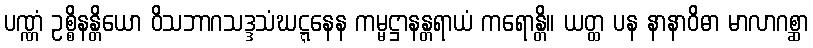
ပဏ္ဏံ ဥစ္စိနန္တိယော ဝိသဘာဂသဒ္ဒသံဃဋ္ဋနေန ကမ္မဋ္ဌာနန္တရာယံ ကရောန္တိ။ ယတ္ထ ပန နာနာဝိဓာ မာလာဂစ္ဆာ